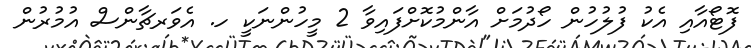
ފޮޓޯއާއި އެކު ފުލުހުން ހޯދުމަށް އާންމުކޮށްފައިވާ 2 މީހުންނަކީ ހ. އެވަރޗާންސް އުމުރުން